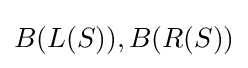
B(L(S)),B(R(S))